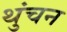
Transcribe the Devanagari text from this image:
थुंचन